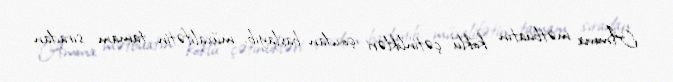
Amma mətbuatın köklü çətinlikləri çoxdan başlayıb, müxalifətin tamam sıradan